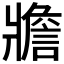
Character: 𤖝